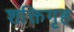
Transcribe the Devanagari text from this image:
शक्तिगृह